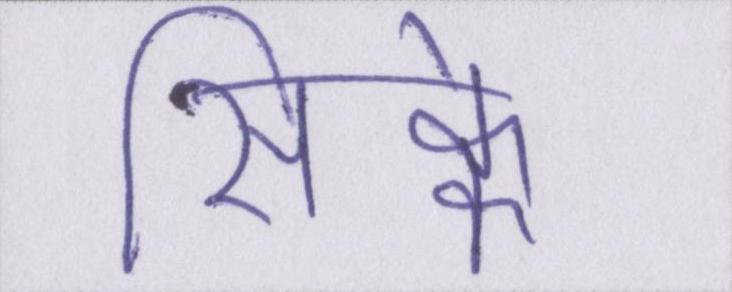
सिक्के